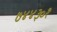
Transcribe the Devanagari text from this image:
७४४३०१